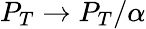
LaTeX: P_{T}\to P_{T}/\alpha